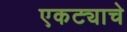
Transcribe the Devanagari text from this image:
एकट्याचे